Lunatic asylums Central Provinces reports 1874-1885 - 1874-1885
Year: 1874
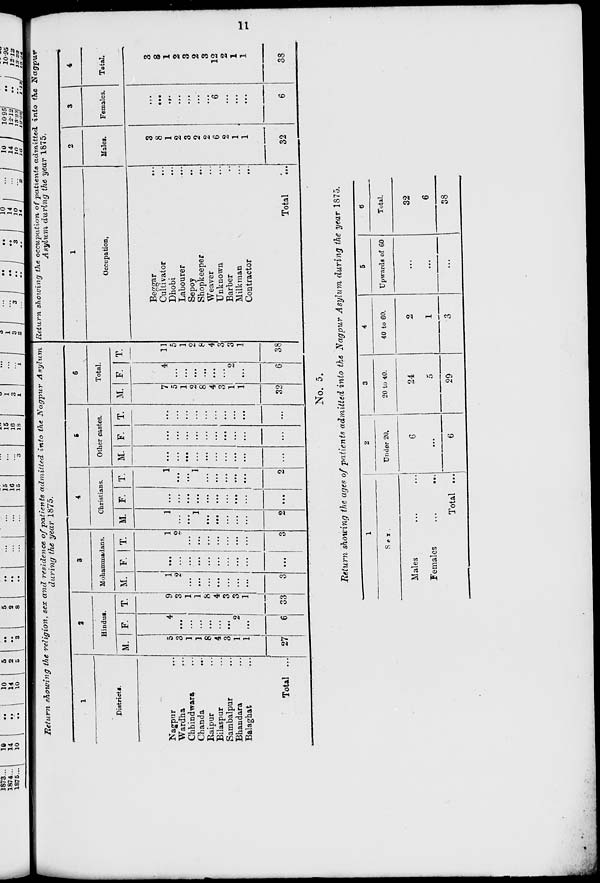
11
Return showing the religion, sex and residence of patients admitted into the Nagpur
Asylum
during the year 1875.
1
Districts.
Nagpur ...
Wardha ...
Chhindwara ...
Chanda ...
Raipur ...
Bilaspur ...
Sambalpur ...
Bhandara ...
Balaghat ...
Total ...
2
Hindus.
M.
5
3
1
1
8
4
3
1
1
27
F
4
...
...
...
...
...
...
2
...
6
T.
9
3
1
1
8
4
3
3
1
33
3
Mohammadans.
M.
1
2
...
...
...
...
...
...
...
3
F.
...
...
...
...
...
...
...
...
...
...
|T.
1
2
...
...
...
...
...
...
...
3
4
Christians.
M.
1
...
...
1
...
...
...
...
...
2
F.
...
...
...
...
...
...
...
...
...
...
T.
1
...
...
1
...
...
...
...
...
2
5
Other castes.
M.
...
...
...
...
...
...
...
...
...
...
F.
...
...
...
...
...
...
...
...
...
...
T.
...
...
...
...
...
...
...
...
...
...
6
Total.
M.
7
5
1
2
8
4
3
1
1
32
F.
4
...
...
...
...
...
...
2
...
6
T.
11
5
1
2
8
4
3
3
1
38
Return showing the occupation of patients admitted into the Nagpur
Asylum during the year 1875.
1
Occupation.
Beggar ...
Cultivator ...
Dhobi ...
Labourer ...
Sepoy ...
Shopkeeper ...
Weaver ...
Unknown ...
Barber ...
Milkman ...
Contractor ...
Total
...
2
Males.
3
8
1
2
3
2
2
6
2
1
1
32
3
Females.
...
...
...
...
...
...
...
6
...
...
...
6
4
Total.
3
8
1
2
3
2
3
12
2
1
1
38
No. 5.
Return showing the ages of patients admitted into the Nagpur Asylum during the year 1875.
1
Sex.
Males ... ...
Females
...
...
Total ...
2
Under 20.
6
...
6
3
20 to 40.
24
5
29
4
40 to 60.
2
1
3
5
Upwards of 60
...
...
...
6
Total.
32
6
38